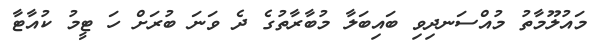
މައުލޫމާތު މުއްސަނދިވި ބައިބަލާ މުބާރާތުގެ ދެ ވަނަ ބުރަށް ހަ ޓީމު ކުއާޓާ